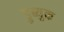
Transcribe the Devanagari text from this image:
डुब्युक